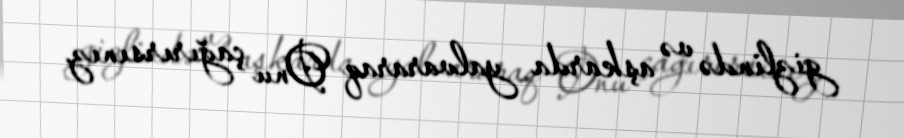
gizlində və aşkarda yalvararaq Onu çağırırsınız.